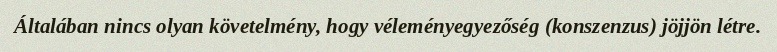
Általában nincs olyan követelmény, hogy véleményegyezőség (konszenzus) jöjjön létre.